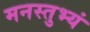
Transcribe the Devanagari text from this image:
मनस्तुभ्यं